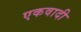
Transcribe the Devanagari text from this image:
एकवादी